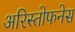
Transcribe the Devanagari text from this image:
अरिस्तोफनेस